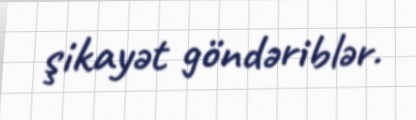
şikayət göndəriblər.